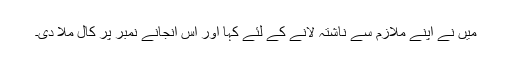
میں نے اپنے ملازم سے ناشتہ لانے کے لئے کہا اور اس انجانے نمبر پر کال ملا دی۔